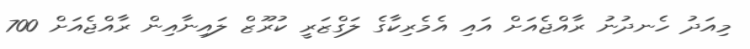
މިއަދު ހެނދުނު ރާއްޖެއަށް އައި އެމެރިކާގެ ލަގްޒަރީ ކުރޫޒް ލައިނާއިން ރާއްޖެއަށް 700